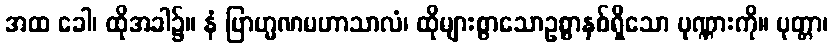
အထ ခေါ၊ ထိုအခါ၌။ နံ ဗြာဟ္မဏမဟာသာလံ၊ ထိုများစွာသောဥစ္စာနှစ်ရှိသော ပုဏ္ဏားကို။ ပုတ္တာ၊